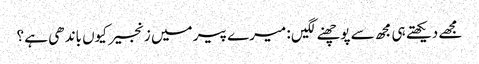
مجھے دیکھتے ہی مجھ سے پوچھنے لگیں : میرے پیر میں زنجیر کیوں باندھی ہے ؟